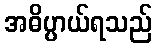
အဓိပ္ပာယ်ရသည်